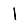
Digit: 1